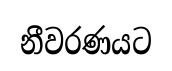
නීවරණයට